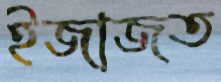
ইজাজত